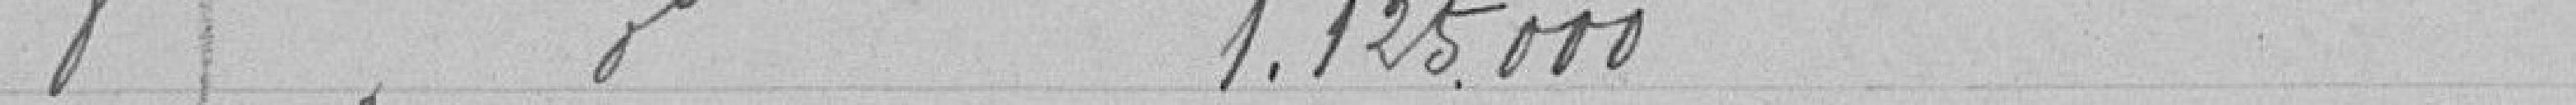
8 Emprunts de 1.125.000